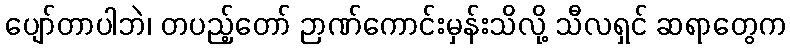
ပျော်တာပါဘဲ၊ တပည့်တော် ဉာဏ်ကောင်းမှန်းသိလို့ သီလရှင် ဆရာတွေက